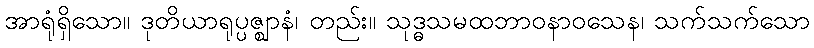
အာရုံရှိသော။ ဒုတိယာရုပ္ပဇ္ဈာနံ၊ တည်း။ သုဒ္ဓသမထဘာဝနာဝသေန၊ သက်သက်သော